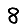
Digit: 8